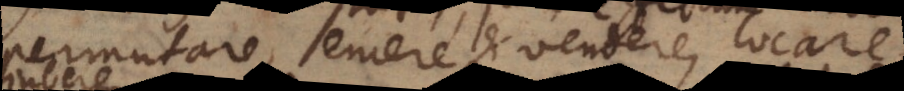
permutare, emere et vendere, locare,